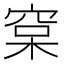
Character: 𰗷